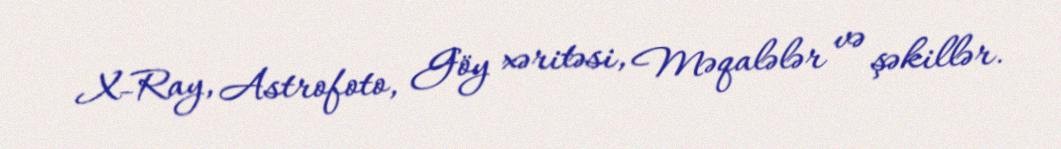
X-Ray, Astrofoto, Göy xəritəsi, Məqalələr və şəkillər.